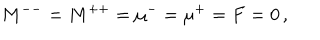
M ^ { -- } = M ^ { + + } = \mu ^ { - } = \mu ^ { + } = F = 0 \, ,